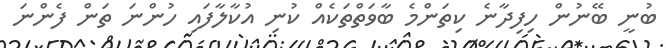
ބުނީ ބޭނުން ހިފިދާނެ ކިތަންމެ ބާވަތްތަކެއް ކުނި އުކާލާފައި ހުންނަ ތަން ފެންނަ